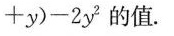
+ y ) - 2 y ^ { 2 }$$的值。